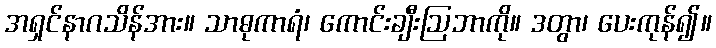
အရှင်နာဂသိန်အား။ သာဓုကာရံ၊ ကောင်းချီးဩဘာကို။ ဒတွာ၊ ပေးကုန်၍။